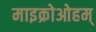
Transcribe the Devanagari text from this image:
माइक्रोओहम्‌